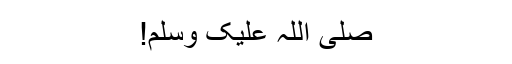
صلی اللہ علیک وسلم!